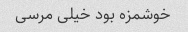
خوشمزه بود خیلی مرسی